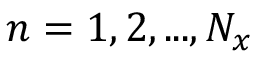
n = 1 , 2 , . . . , N _ { x }